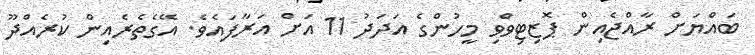
ބައްޔަށް ރާއްޖެއިން ޕޮޒިޓިވްވި މީހުންގެ އަދަދު 11 އަށް އަރާފައެވެ. އޭގެތެރެއިން ކުރެއްދޫ